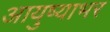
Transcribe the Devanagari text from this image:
आयुष्याभर